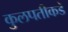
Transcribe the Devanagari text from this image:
कुलपतीकडे